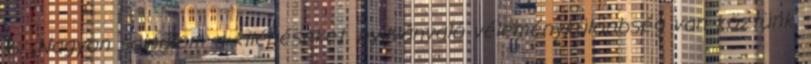
is. „Nagyon sajnálom a kilépéseket, nyilvánvaló véleménykülönbség van köztünk.